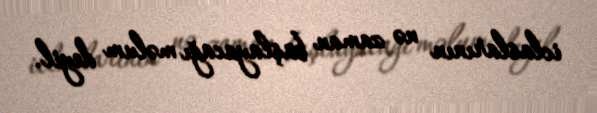
iclaslarının nə zaman başlayacağı məlum deyil.